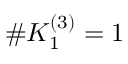
\# K _ { 1 } ^ { ( 3 ) } = 1